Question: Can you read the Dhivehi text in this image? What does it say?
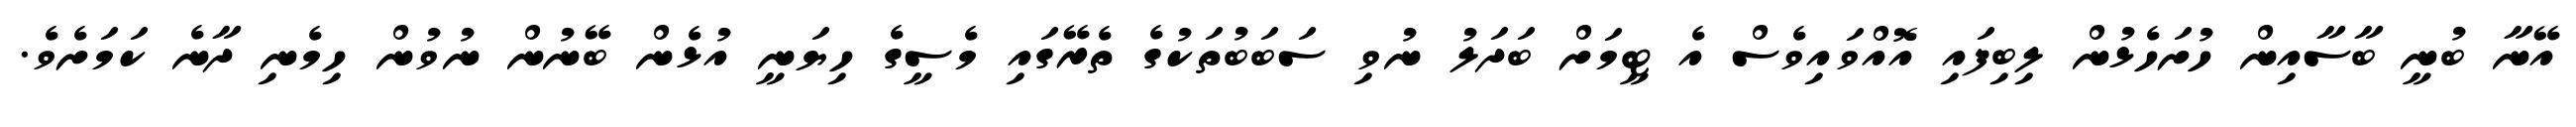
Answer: އޭނާ ބުނީ ބާސާއިން ހުށަހެޅުން ލިބިފައި އޮއްވައިވެސް އެ ޓީމަށް ބަދަލު ނުވި ސަބަބުތަކުގެ ތެރޭގައި މެސީގެ ހިޔަނީ އުޅެން ބޭނުން ނުވުން ހިމެނި ދާނެ ކަމަށެވެ.